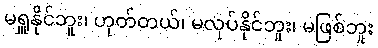
မရှူနိုင်ဘူး၊ ဟုတ်တယ်၊ မလုပ်နိုင်ဘူး၊ မဖြစ်ဘူး